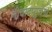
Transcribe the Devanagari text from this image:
नीचादप्युत्तमां